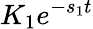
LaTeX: K_{1}e^{-s_{1}t}